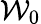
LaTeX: {\mathcal W}_{0}